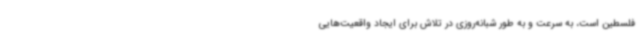
فلسطین است، به سرعت و به طور شبانه‌روزی در تلاش برای ایجاد واقعیت‌هایی